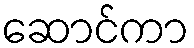
ဆောင်ကာ